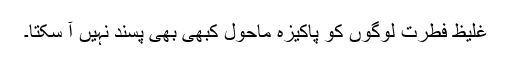
غلیظ فطرت لوگوں کو پاکیزہ ماحول کبھی بھی پسند نہیں آ سکتا۔